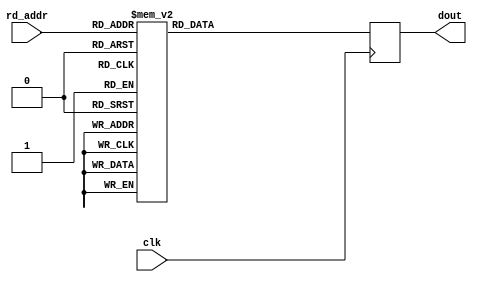
module floating_point_rom_a #(
    parameter EXP_WIDTH = 8,
    parameter MAN_WIDTH = 23
) (
    input clk,
    input [3:0] rd_addr,
    output reg [(1+EXP_WIDTH+MAN_WIDTH)-1:0] dout
);

generate
if (EXP_WIDTH == 8) begin
always @(posedge clk) begin: blk_rom_a_single
    case(rd_addr)
    4'd0: dout <= 32'h1215_3524;
    4'd1: dout <= 32'hc089_5e81;
    4'd2: dout <= 32'h8484_d609;
    4'd3: dout <= 32'hb1f0_5663;
    4'd4: dout <= 32'h06b9_7b0d;
    4'd5: dout <= 32'h46df_998d;
    4'd6: dout <= 32'hb2c2_8465;
    4'd7: dout <= {1'b0, {EXP_WIDTH{1'b1}}, 1'b1, {(MAN_WIDTH-1){1'b0}}}; // NaN
    4'd8: dout <= {1'b0, {EXP_WIDTH{1'b1}}, {MAN_WIDTH{1'b0}}}; // +inf
    4'd9: dout <= 32'h0;
    default: dout <= 32'h8937_5212;
    endcase
end
end
else begin
always @(posedge clk) begin: blk_rom_a_double
    case(rd_addr)
    4'd0: dout <= 64'h8484_d609_1215_3524;
    4'd1: dout <= 64'hc089_5e81_b1f0_5663;
    4'd2: dout <= 64'h8484_d609_8937_5212;
    4'd3: dout <= 64'hb2c2_8465_b1f0_5663;
    4'd4: dout <= 64'hc089_5e81_06b9_7b0d;
    4'd5: dout <= 64'h46df_998d_06b9_7b0d;
    4'd6: dout <= 64'hb2c2_8465_46df_998d;
    4'd7: dout <= {1'b0, {EXP_WIDTH{1'b1}}, 1'b1, {(MAN_WIDTH-1){1'b0}}}; // NaN
    4'd8: dout <= {1'b0, {EXP_WIDTH{1'b1}}, {MAN_WIDTH{1'b0}}}; // +inf
    4'd9: dout <= 64'h0;
    default: dout <= 64'h8937_5212_8937_5212;
    endcase
end
end
endgenerate

endmodule